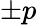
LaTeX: \pm p